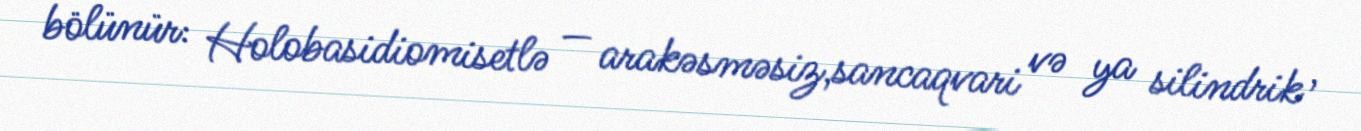
bölünür: Holobasidiomisetlə — arakəsməsiz,sancaqvari və ya silindrik ,